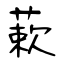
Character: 蔌